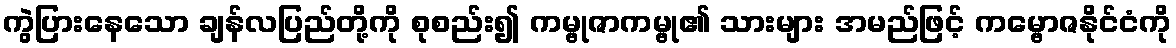
ကွဲပြားနေသော ချန်လပြည်တို့ကို စုစည်း၍ ကမ္ဗုဇာကမ္ဗု၏ သားများ အမည်ဖြင့် ကမ္ဗောဇနိုင်ငံကို